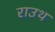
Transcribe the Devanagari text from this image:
राउथ